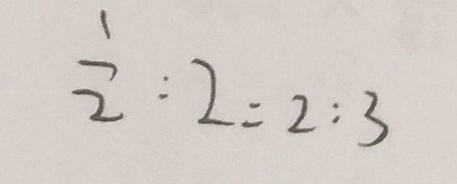
\frac { 1 } { 2 } : 2 = 2 : 3